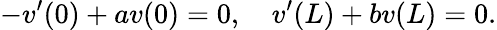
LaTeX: -v^{\prime}(0)+av(0)=0,\quad v^{\prime}(L)+bv(L)=0.